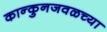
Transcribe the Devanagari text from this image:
कान्कुनजवळच्या